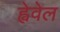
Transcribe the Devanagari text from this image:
ह्वेवेल